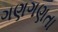
ગણગણતા